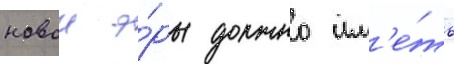
новои э́ры должно им'е́ть